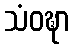
သံဝဍ္ဎာ